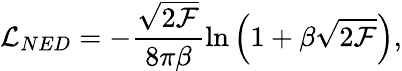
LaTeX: {\cal L}_{NED}=-\frac{\sqrt{2{\cal F}}}{8\pi\beta}\ln\left(1+\beta\sqrt{2{\cal F}}\right),